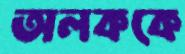
অলককে